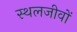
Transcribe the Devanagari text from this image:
स्थलजीवों